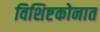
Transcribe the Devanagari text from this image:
विशिष्टकोनात